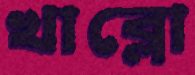
খাব্‌লো